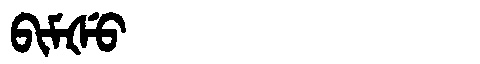
Manchu: ᠪᡳᠮᡧᡠ
Romanization: BIMŠU